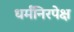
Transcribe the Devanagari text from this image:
धर्मंनिरपेक्ष